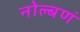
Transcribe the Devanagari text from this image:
नोल्बणं